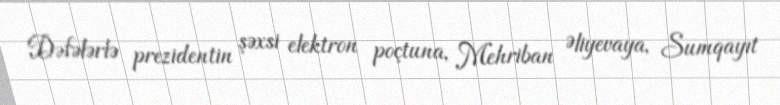
Dəfələrlə prezidentin şəxsi elektron poçtuna, Mehriban Əliyevaya, Sumqayıt